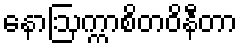
နောဩက္ကာစိတဝိနီတာ